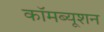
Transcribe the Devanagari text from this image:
कॉमब्यूशन